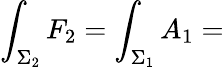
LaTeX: \int_{\Sigma_{2}}F_{2}=\int_{\Sigma_{1}}A_{1}=